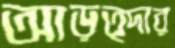
আড়ত্দার